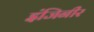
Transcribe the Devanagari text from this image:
इंजिनीर